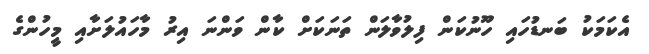
އެކަމަކު ބަނޑުހައި ހޫނުކަން ފިލުވާލަން ތަނަކަށް ކާން ވަންނަ އިރު މާހައުލަށާއި މީހުންގެ